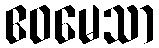
ဧဝမေသာ